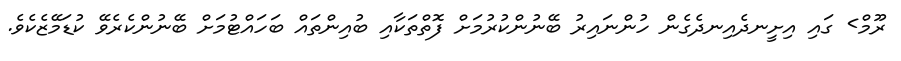
ރޫމް> ގައި އިށީނދެއިނދެގެން ހުންނައިރު ބޭނުންކުރުމަށް ފޮތްތަކާއި ބުއިންތައް ބަހައްޓުމަށް ބޭނުންކެރެވޭ ކުޑަމޭޒެކެވެ.